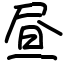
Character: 昼